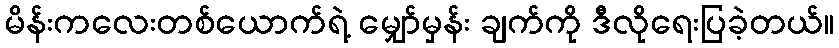
မိန်းကလေးတစ်ယောက်ရဲ့ မျှော်မှန်း ချက်ကို ဒီလိုရေးပြခဲ့တယ်။